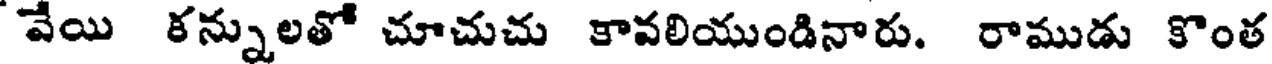
వేయి కన్నులతో చూచుచు కావలియుండినారు. రాముడు కొంత